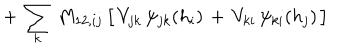
LaTeX: + \, \sum _ { k } \, M _ { 1 2 , i j } \, \big [ \, V _ { j k } \, \psi _ { j k } ( h _ { i } ) \, + \, V _ { k i } \, \psi _ { k i } ( h _ { j } ) \, \big ]